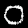
Digit: 0